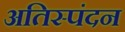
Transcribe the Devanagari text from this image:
अतिस्पंदन